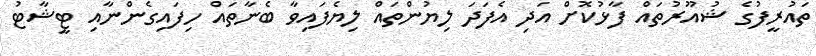
ތައުރީފުގެ ޝުއޫރުތައް ފާޅުކޮށް އަދި އެފަދަ ލިޔުންތައް ލިޔެފައިވާ ބެނާތައް ހިފައިގެންނާއި ޓީޝާޓު